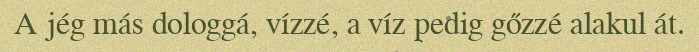
A jég más dologgá, vízzé, a víz pedig gőzzé alakul át.